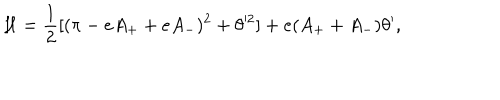
{ \cal H } = { \frac { 1 } { 2 } } [ ( \pi - e A _ { + } + e A _ { - } ) ^ { 2 } + \theta ^ { 2 } ] + e ( A _ { + } + A _ { - } ) \theta ^ { \prime } ,